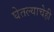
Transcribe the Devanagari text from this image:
घेतल्याचेही